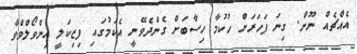
އެއްޗެއް ނޫން. ގިނަ ފަހަރަށް ހުކުމާ ހިސާބަށް ގެންދެވޭނީ އެކަމުގައި ފިޒިކަލީ އިންވޯލްވްވާ